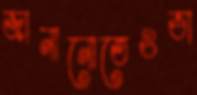
জানানোতেওভা